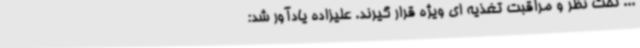
... تحت نظر و مراقبت تغذیه ای ویژه قرار گیرند. علیزاده یادآور شد: